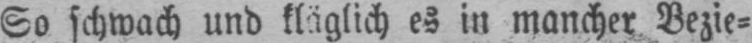
So schwach und kläglich es in mancher Bezie⸗